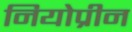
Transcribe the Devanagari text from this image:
नियोप्रीन